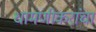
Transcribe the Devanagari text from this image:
धामणीकरांचा